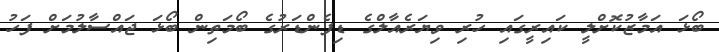
ބޯޅަ އަމާޒުކޮށްލީ ކައިރީގައި ހުރި ވިޔަރެއާލްގެ ޑިފެންޑަރުގެ ބޯމަތިން ބޯޅަ ޖައްސާލުމަށް ފަހު